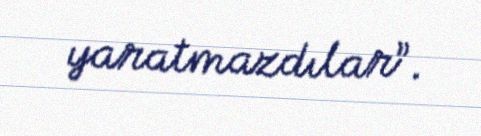
yaratmazdılar”.